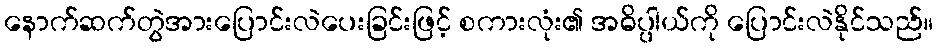
နောက်ဆက်တွဲအားပြောင်းလဲပေးခြင်းဖြင့် စကားလုံး၏ အဓိပ္ပါယ်ကို ပြောင်းလဲနိုင်သည်။